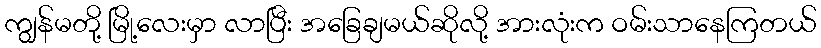
ကျွန်မတို့ မြို့လေးမှာ လာပြီး အခြေချမယ်ဆိုလို့ အားလုံးက ဝမ်းသာနေကြတယ်